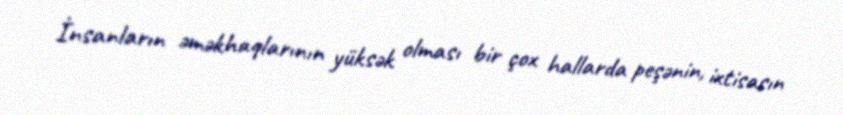
İnsanların əməkhaqlarının yüksək olması bir çox hallarda peşənin, ixtisasın